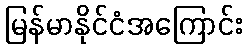
မြန်မာနိုင်ငံအကြောင်း